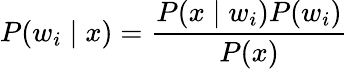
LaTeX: P(w_{i}\mid x)={\frac{P(x\mid w_{i})P(w_{i})}{P(x)}}